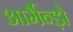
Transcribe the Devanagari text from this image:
आर्मैन्ड़ो